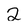
Character: 2